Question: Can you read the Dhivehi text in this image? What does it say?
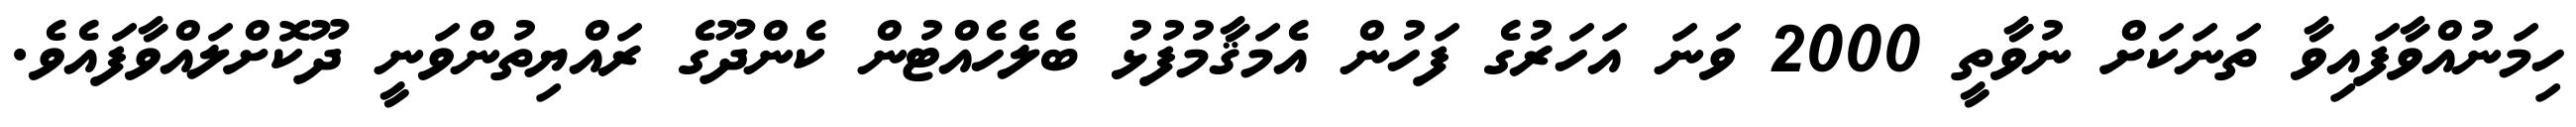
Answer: ހިމަނުއްވާފައިވާ ތަނަކަށް ނުވާތީ 2000 ވަނަ އަހަރުގެ ފަހުން އެމަޤާމުފުޅު ބެލެހެއްޓުން ކެންދޫގެ ރައްޔިތުންވަނީ ދޫކޮށްލައްވާފައެވެ.